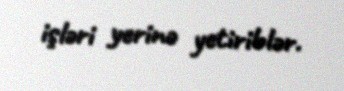
işləri yerinə yetiriblər.